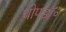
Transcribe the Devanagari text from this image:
चोपडॉ॰